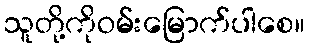
သူတို့ကိုဝမ်းမြောက်ပါစေ။